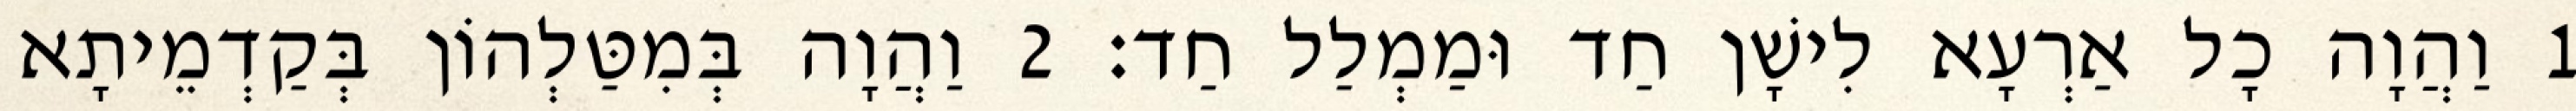
1 וַהֲוָה כָל אַרְעָא לִישָׁן חַד וּמַמְלַל חַד׃ 2 וַהֲוָה בְּמִטַּלְהוֹן בְּקַדְמֵיתָא